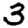
Digit: 3